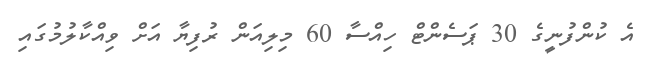
އެ ކުންފުނީގެ 30 ޕަސެންޓް ހިއްސާ 60 މިލިއަން ރުފިޔާ އަށް ވިއްކާލުމުގައި